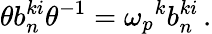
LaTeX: \theta b_{n}^{ki}\theta^{-1}={\omega_{p}}^{k}b_{n}^{ki}\, .